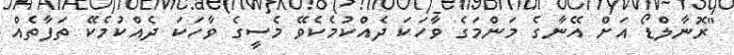
"ރޮނާލްޑޯ އަށް އޭނާގެ މަންމަގެ ވާހަކަ ދެއްކުމެކެވޭ މެސީގެ ވާހަކަ ދެއްކުމެކޭ ތަފާތެއް